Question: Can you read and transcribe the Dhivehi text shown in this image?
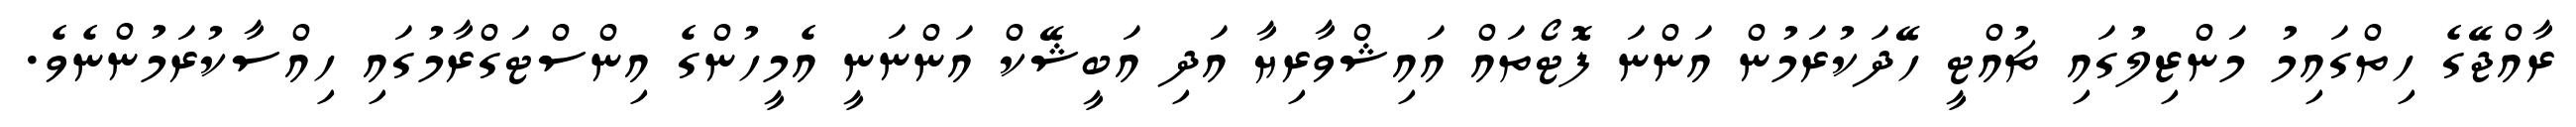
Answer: ރާއްޖޭގެ ހިތްގައިމު މަންޒިލުގައި ޗުއްޓީ ހޭދަކުރަމުން އަންނަ ފޮޓޯތައް އައިޝްވާރިޔާ އަދި އަބީޝޭކް އަންނަނީ އެމީހުންގެ އިންސްޓަގްރާމުގައި ހިއްސާކުރަމުންނެވެ.